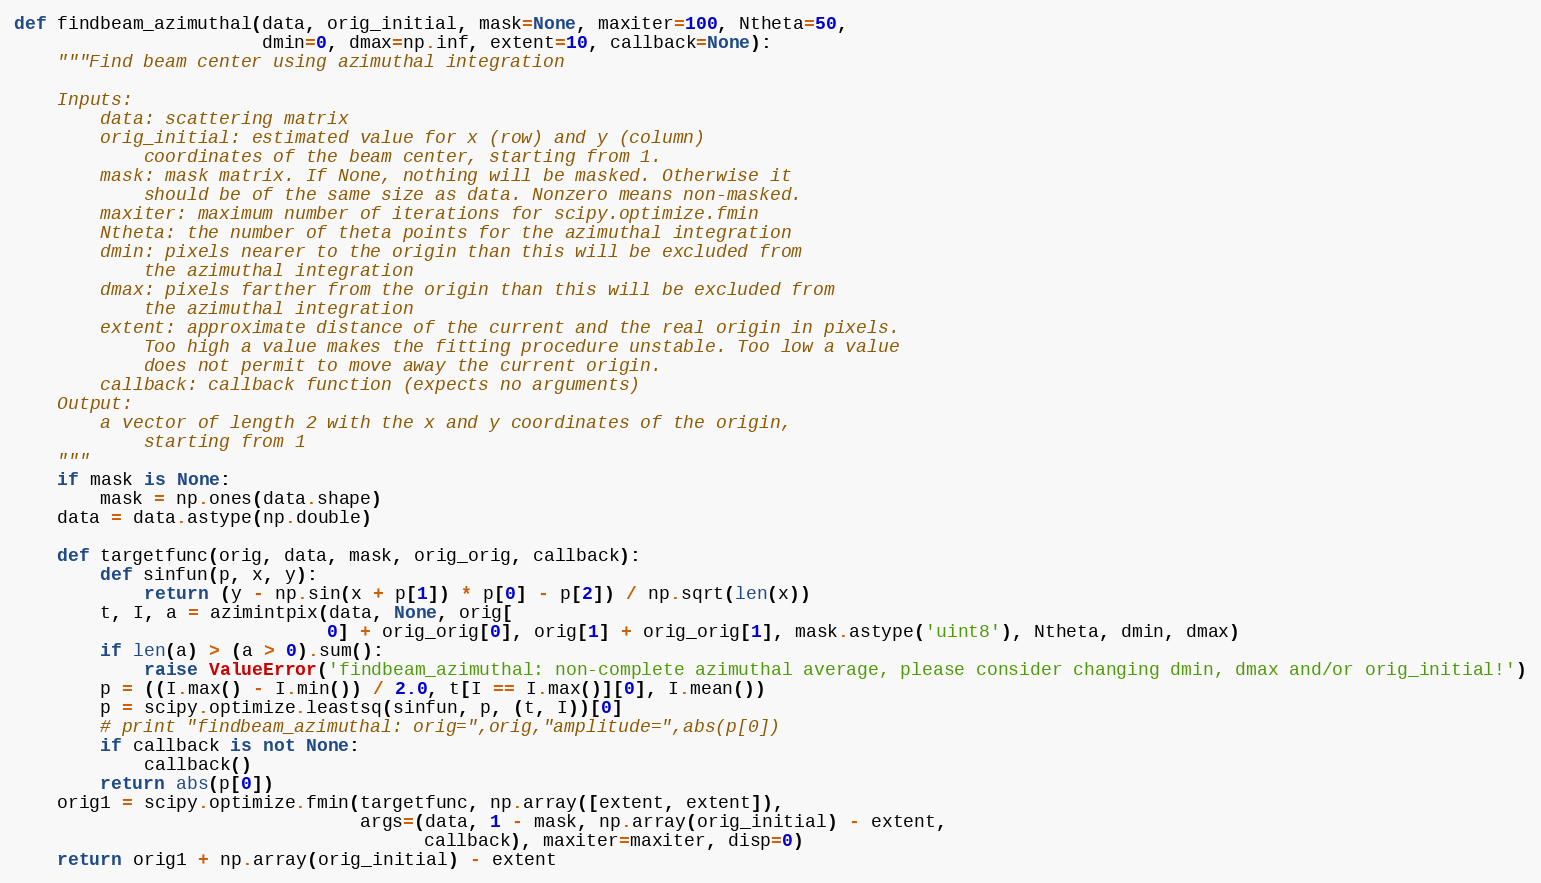
Language: Python
def findbeam_azimuthal(data, orig_initial, mask=None, maxiter=100, Ntheta=50,
                       dmin=0, dmax=np.inf, extent=10, callback=None):
    """Find beam center using azimuthal integration

    Inputs:
        data: scattering matrix
        orig_initial: estimated value for x (row) and y (column)
            coordinates of the beam center, starting from 1.
        mask: mask matrix. If None, nothing will be masked. Otherwise it
            should be of the same size as data. Nonzero means non-masked.
        maxiter: maximum number of iterations for scipy.optimize.fmin
        Ntheta: the number of theta points for the azimuthal integration
        dmin: pixels nearer to the origin than this will be excluded from
            the azimuthal integration
        dmax: pixels farther from the origin than this will be excluded from
            the azimuthal integration
        extent: approximate distance of the current and the real origin in pixels.
            Too high a value makes the fitting procedure unstable. Too low a value
            does not permit to move away the current origin.
        callback: callback function (expects no arguments)
    Output:
        a vector of length 2 with the x and y coordinates of the origin,
            starting from 1
    """
    if mask is None:
        mask = np.ones(data.shape)
    data = data.astype(np.double)

    def targetfunc(orig, data, mask, orig_orig, callback):
        def sinfun(p, x, y):
            return (y - np.sin(x + p[1]) * p[0] - p[2]) / np.sqrt(len(x))
        t, I, a = azimintpix(data, None, orig[
                             0] + orig_orig[0], orig[1] + orig_orig[1], mask.astype('uint8'), Ntheta, dmin, dmax)
        if len(a) > (a > 0).sum():
            raise ValueError('findbeam_azimuthal: non-complete azimuthal average, please consider changing dmin, dmax and/or orig_initial!')
        p = ((I.max() - I.min()) / 2.0, t[I == I.max()][0], I.mean())
        p = scipy.optimize.leastsq(sinfun, p, (t, I))[0]
        # print "findbeam_azimuthal: orig=",orig,"amplitude=",abs(p[0])
        if callback is not None:
            callback()
        return abs(p[0])
    orig1 = scipy.optimize.fmin(targetfunc, np.array([extent, extent]),
                                args=(data, 1 - mask, np.array(orig_initial) - extent,
                                      callback), maxiter=maxiter, disp=0)
    return orig1 + np.array(orig_initial) - extent